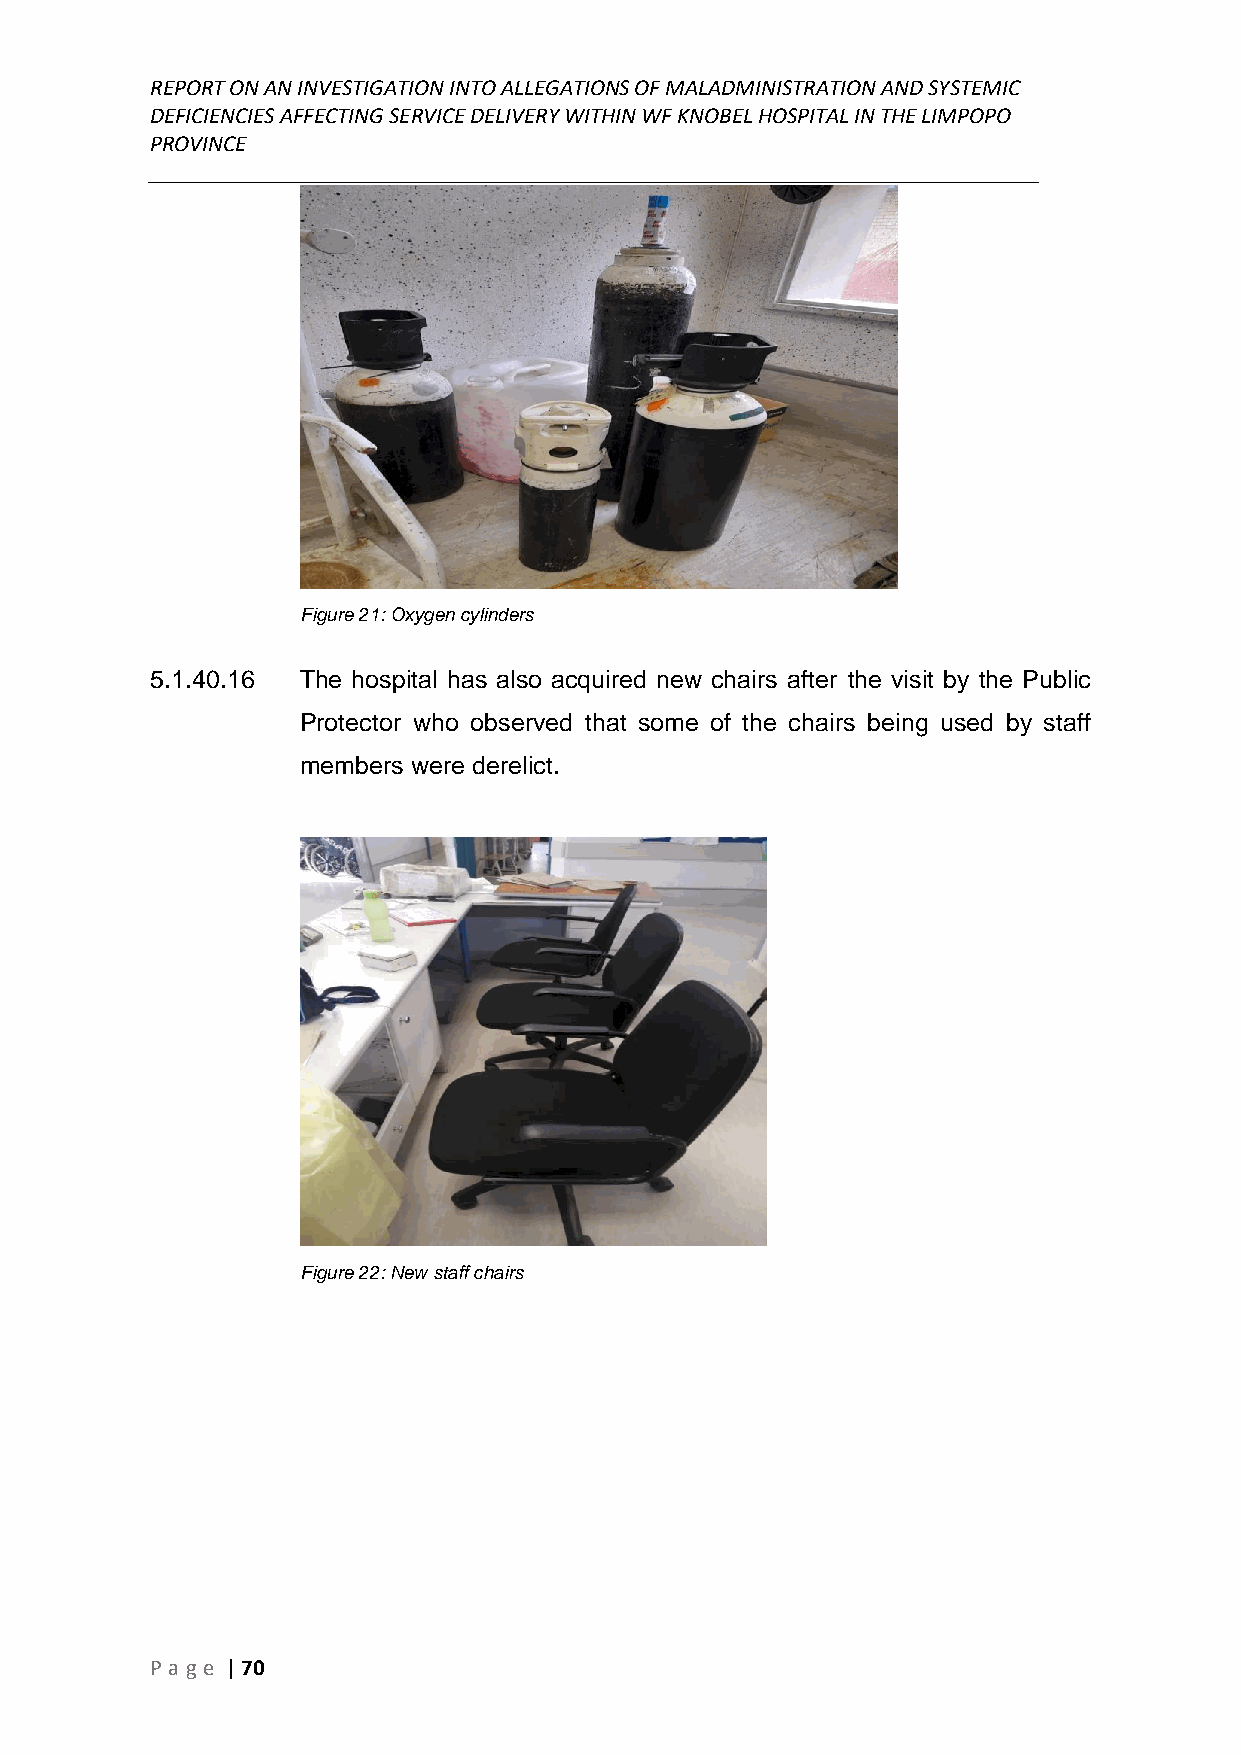
REPORT ON AN INVESTIGATION INTO ALLEGATIONS OF MALADMINISTRATION AND SYSTEMIC
 DEFICIENCIES AFFECTING SERVICE DELIVERY WITHIN WF KNOBEL HOSPITAL IN THE LIMPOPO
 PROVINCE
 ______________________________________________________________________________
 Figure 21: Oxygen cylinders
 5.1.40.16 The hospital has also acquired new chairs after the visit by the Public
 Protector who observed that some of the chairs being used by staff
 members were derelict.
 Figure 22: New staff chairs
 P age | 70